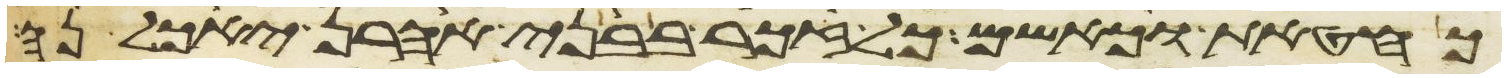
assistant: כחטאת כאשם כל זכר בבני אהרן יאכלנה